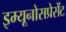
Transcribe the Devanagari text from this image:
इम्यूनोसप्रेसेंट